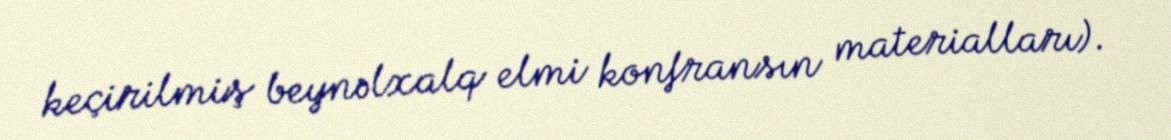
keçirilmiş beynəlxalq elmi konfransın materialları).